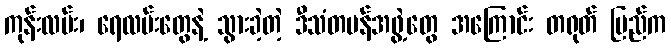
ကုန်းလမ်း၊ ရေလမ်းတွေနဲ့ သွားခဲ့တဲ့ ဒီသံတမန်အဖွဲ့တွေ အကြောင်း တရုတ် ပြည်က